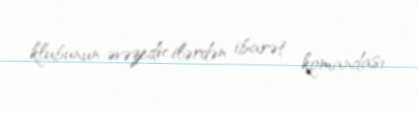
klubunun əvəzedicilərdən ibarət komandası.